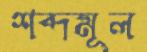
শব্দমূল